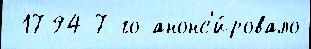
 1794 7-го анонс'и́ровало